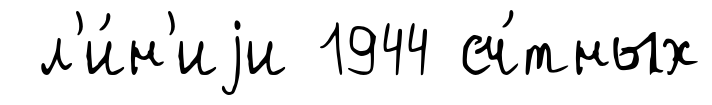
л'и́н'иjи 1944 сч́тных